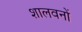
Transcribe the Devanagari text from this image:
शालवनों